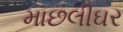
માછલીઘર